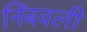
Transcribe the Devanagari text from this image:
निंबवली